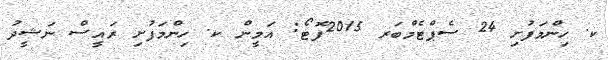
ކ. ހިންމަފުށި 24 ސެޕްޓެމްބަރ 2015ފޮޓޯ: އަމީން ކ. ހިންމަފުށި ރައީސް ނަޝީދު